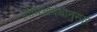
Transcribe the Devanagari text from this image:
होमिओपॅथीनुसार